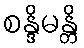
စန္ဒိမန္တိ